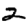
Digit: 2